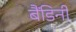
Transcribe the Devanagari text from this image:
बैंडिनी